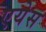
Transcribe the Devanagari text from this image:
एयेस